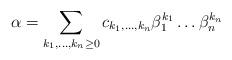
LaTeX: \begin{align*}\alpha=\sum_{k_1,\ldots,k_n\ge 0}c_{k_1,\ldots,k_n}\beta_1^{k_1}\ldots\beta_n^{k_n}\end{align*}